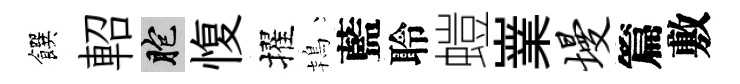
饌軺胞愎擢鴇藍聆螘嶪墁篇敷